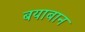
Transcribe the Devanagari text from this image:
बयाबान